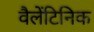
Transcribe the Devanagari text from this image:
वैलेंटिनिक